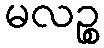
မလဉ္စ